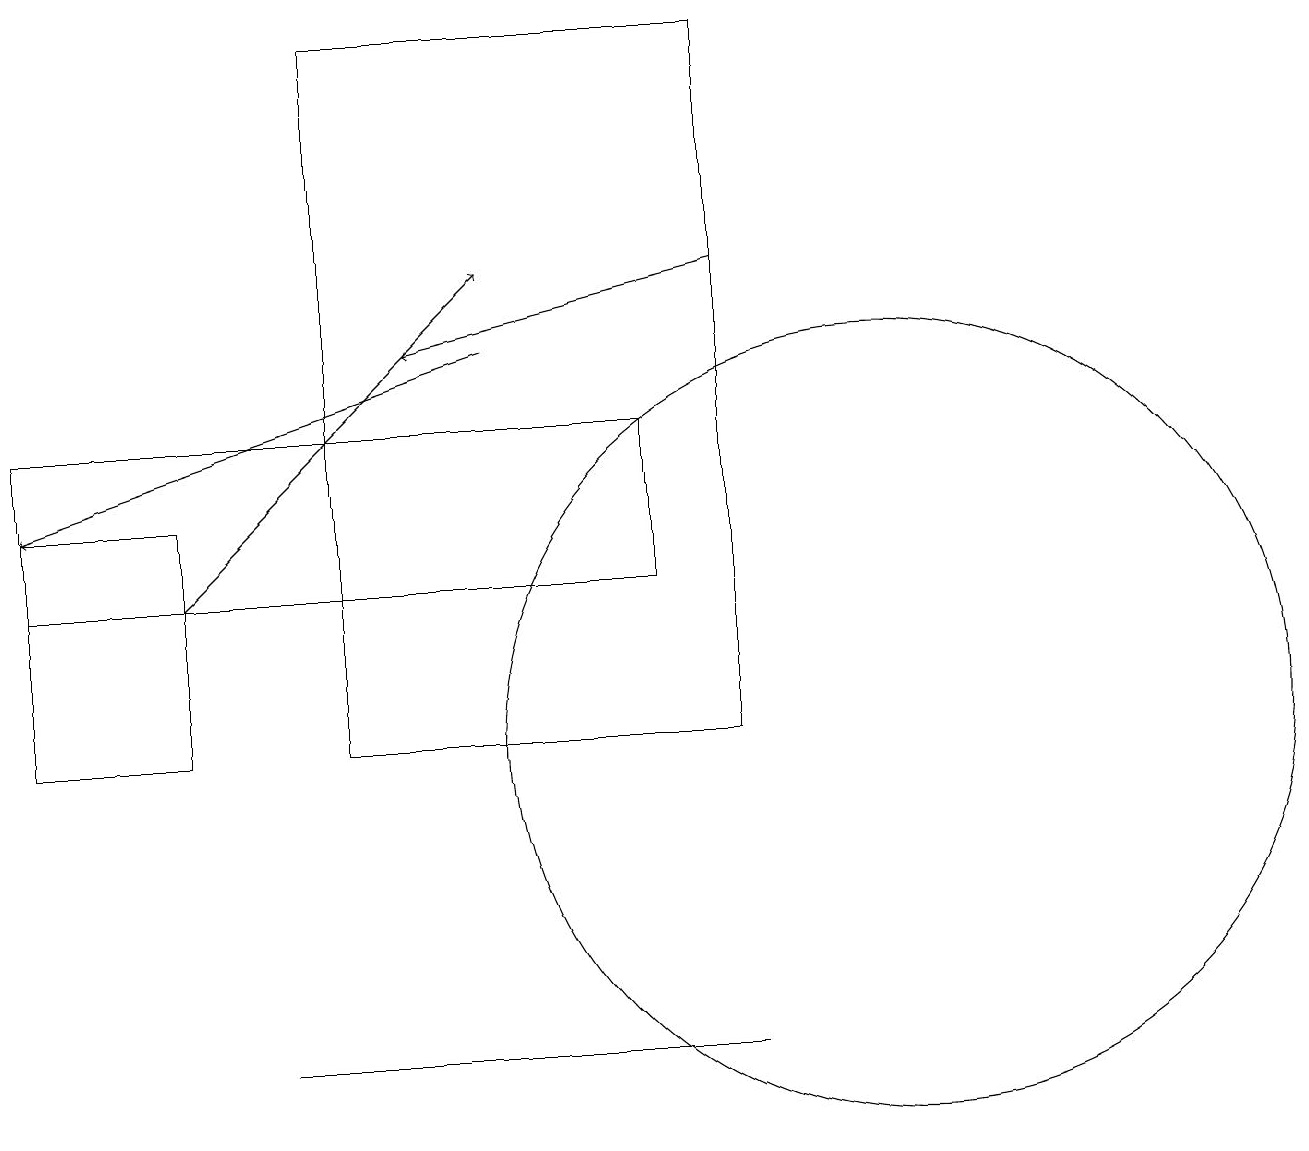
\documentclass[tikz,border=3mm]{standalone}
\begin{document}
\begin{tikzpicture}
\draw[->] (2,12) -- (6,16);
\draw (2,10) rectangle (0,13);
\draw (9,10) rectangle (4,19);
\draw[->] (6,15) -- (0,13);
\draw (11,10) circle (5);
\draw (0,12) rectangle (8,14);
\draw (9,6) -- (3,6) -- (5,6) -- cycle;
\draw[->] (9,16) -- (5,15);
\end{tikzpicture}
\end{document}